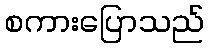
စကားပြောသည်